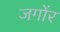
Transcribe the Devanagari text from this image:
जगोंर